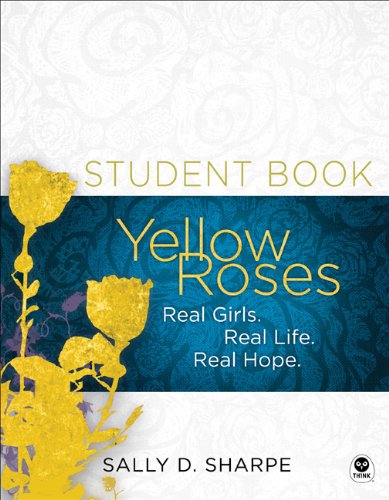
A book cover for Yellow Roses Student Book: Real Girls. Real Life. Real Hope.; Sally Sharpe; Teen & Young Adult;